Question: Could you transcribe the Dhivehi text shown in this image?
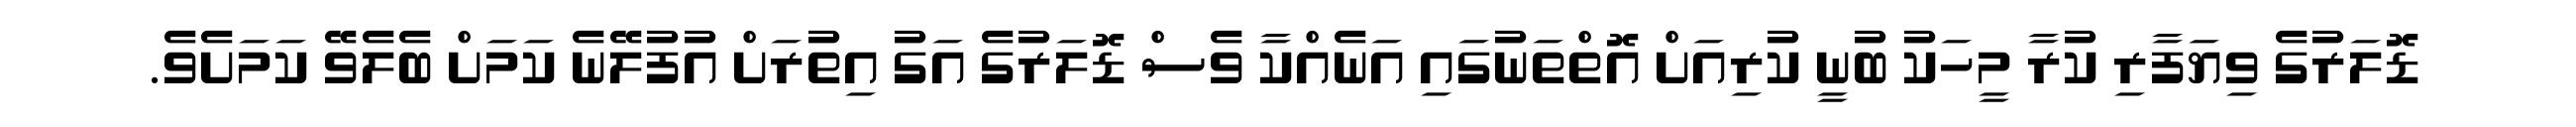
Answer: ޑޮލަރުގެ ވިޔަފާރި ކުރާ މީހަކު ބުނީ ކުރިއަށް އޮތްތަނުގައި އަނެއްކާ ވެސް ޑޮލަރުގެ އަގު އިތުރަށް އުފުލޭނެ ކަމަށް ބެލެވޭ ކަމަށެވެ.